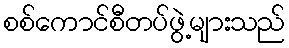
စစ်ကောင်စီတပ်ဖွဲ့များသည်